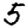
Digit: 5